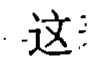
这